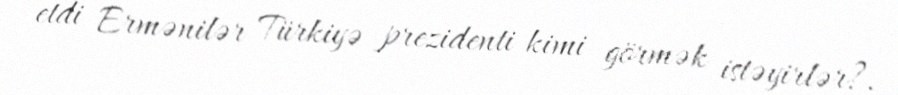
etdi Ermənilər Türkiyə prezidenti kimi görmək istəyirlər?.